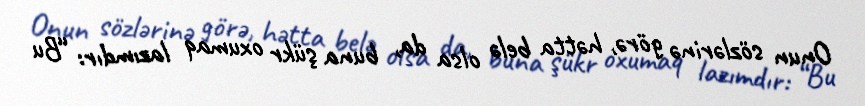
Onun sözlərinə görə, hətta belə olsa da, buna şükr oxumaq lazımdır: “Bu